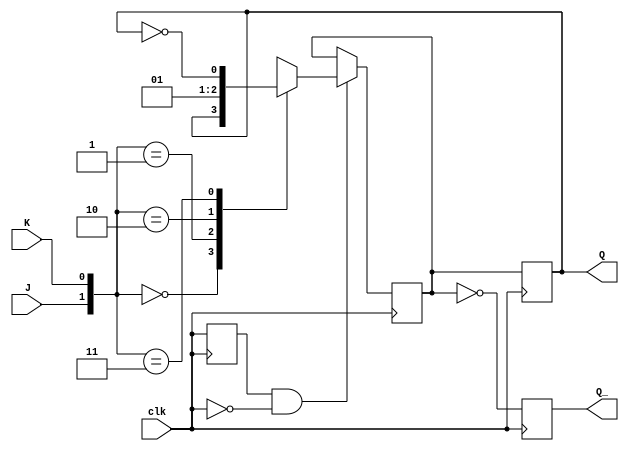
module neg_edge_triggered_jk_ff(
    input J, 
    input K, 
    input clk, 
    output reg Q, 
    output reg Q_
    );

// Internal reg for storing the current state of the flip-flop
reg Q_next;

// Negative edge detection
reg clk_prev;
always @(posedge clk)
begin
    if(clk_prev & ~clk) // Detect negative edge
    begin
        // Logic for JK flip-flop
        case ({J, K})
            2'b00: begin
                // Retain current state
                Q_next <= Q;
            end
            2'b01: begin
                // Reset Q
                Q_next <= 1'b0;
            end
            2'b10: begin
                // Set Q
                Q_next <= 1'b1;
            end
            2'b11: begin
                // Toggle Q
                Q_next <= ~Q;
            end
        endcase
    end
    clk_prev <= clk; // Store current clock state
end

// Assign the updated state to Q and Q_
always @(posedge clk)
begin
    Q <= Q_next;
    Q_ <= ~Q_next;
end

endmodule